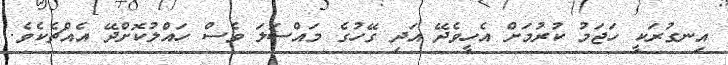
އިނގުރަކީ ހަޖަމު ކުރުމަށް އެހީވެދޭ އަދި ގޭހުގެ މައްސަލަ ވެސް ހައްލުކޮށްދޭ އެއްޗެކެވެ.